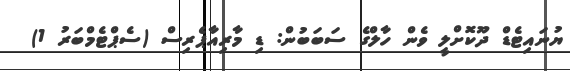
ޔުނައިޓެޑް ދޫކޮށްލީ ވެން ހާލްގެ ސަބަބުން: ޑި މާރިއާޕެރިސް (ސެޕްޓެމްބަރު 1)